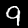
Digit: 9